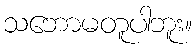
သဘောမတူပါဘူး။